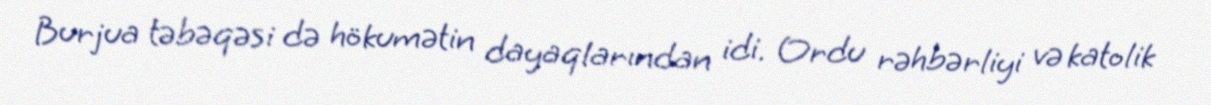
Burjua təbəqəsi də hökumətin dayaqlarından idi. Ordu rəhbərliyi və katolik